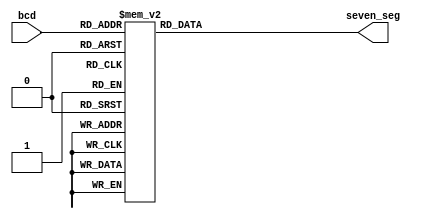
module bcd_to_seven_seg(
	bcd,
	seven_seg
);
input [3:0] bcd;
output [6:0] seven_seg;
reg [6:0] seven_seg;
always @ (bcd) begin
	case (bcd)
		4'h0:		seven_seg <= 7'b1111110;
		4'h1:		seven_seg <= 7'b0110000;
		4'h2:		seven_seg <= 7'b1101101;
		4'h3:		seven_seg <= 7'b1111001;
		4'h4:		seven_seg <= 7'b0110011;
		4'h5:		seven_seg <= 7'b1011011;
		4'h6:		seven_seg <= 7'b1011111;
		4'h7:		seven_seg <= 7'b1110000;
		4'h8:		seven_seg <= 7'b1111111;
		4'h9:		seven_seg <= 7'b1111011;
		default:	seven_seg <= 7'b0000000;
	endcase
end
endmodule